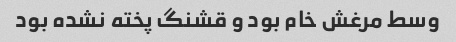
وسط مرغش خام بود و قشنگ پخته نشده بود